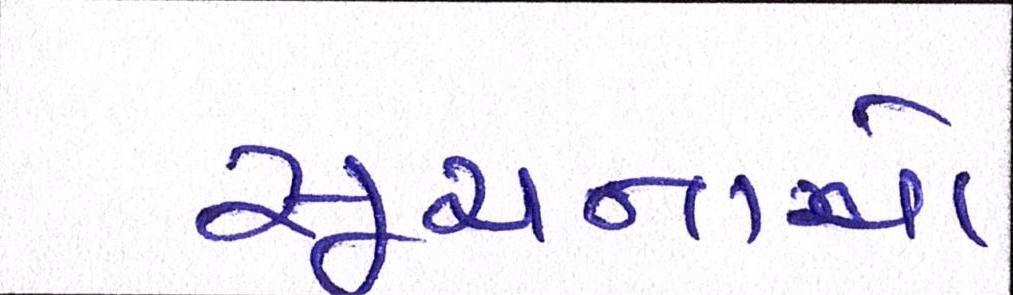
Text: સૂચનાઓ